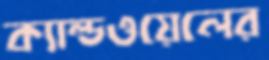
ক্যাল্ডওয়েলের